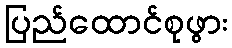
ပြည်ထောင်စုဖွား